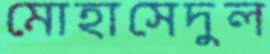
মোহাসেদুল